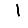
Digit: 1